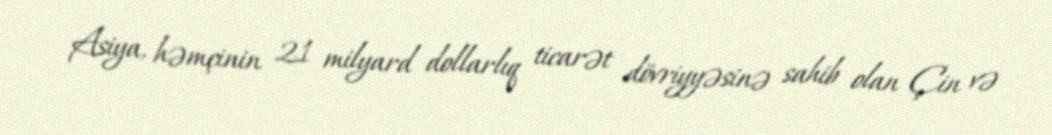
Asiya, həmçinin 21 milyard dollarlıq ticarət dövriyyəsinə sahib olan Çin və